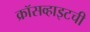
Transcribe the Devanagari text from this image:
क्रॉसव्हाइटची